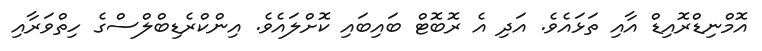
އޮމްނިޑްރޮއިޑް އާއި ތަޅައެވެ. އަދި އެ ރޮބޮޓް ބައިބައި ކޮށްލައެވެ. އިންކްރެޑިބްލްސްގެ ހިތްވަރާއި